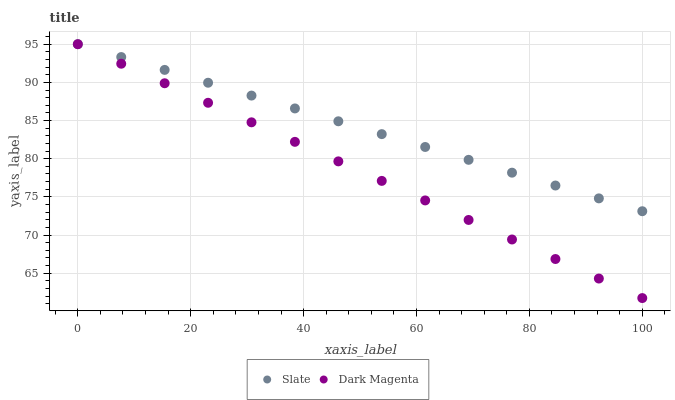
| xaxis_label | Slate | Dark Magenta |
 | --- | --- | --- |
 | 0 | 95 | 95 |
 | 7.69 | 93.3 | 92.4 |
 | 15.4 | 91.6 | 89.9 |
 | 23.1 | 90 | 87.3 |
 | 30.8 | 88.3 | 84.8 |
 | 38.5 | 86.6 | 82.2 |
 | 46.2 | 84.9 | 79.7 |
 | 53.8 | 83.2 | 77.1 |
 | 61.5 | 81.5 | 74.5 |
 | 69.2 | 79.9 | 72 |
 | 76.9 | 78.2 | 69.4 |
 | 84.6 | 76.5 | 66.9 |
 | 92.3 | 74.8 | 64.3 |
 | 100 | 73.1 | 61.8 |